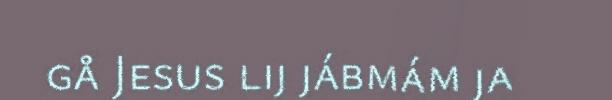
gå Jesus lij jábmám ja